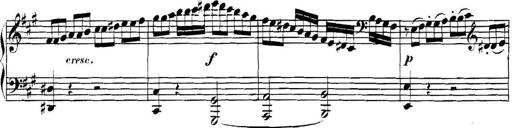
Title: Collected Piano Sonatas
Composer: Muzio Clementi